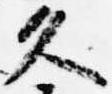
久